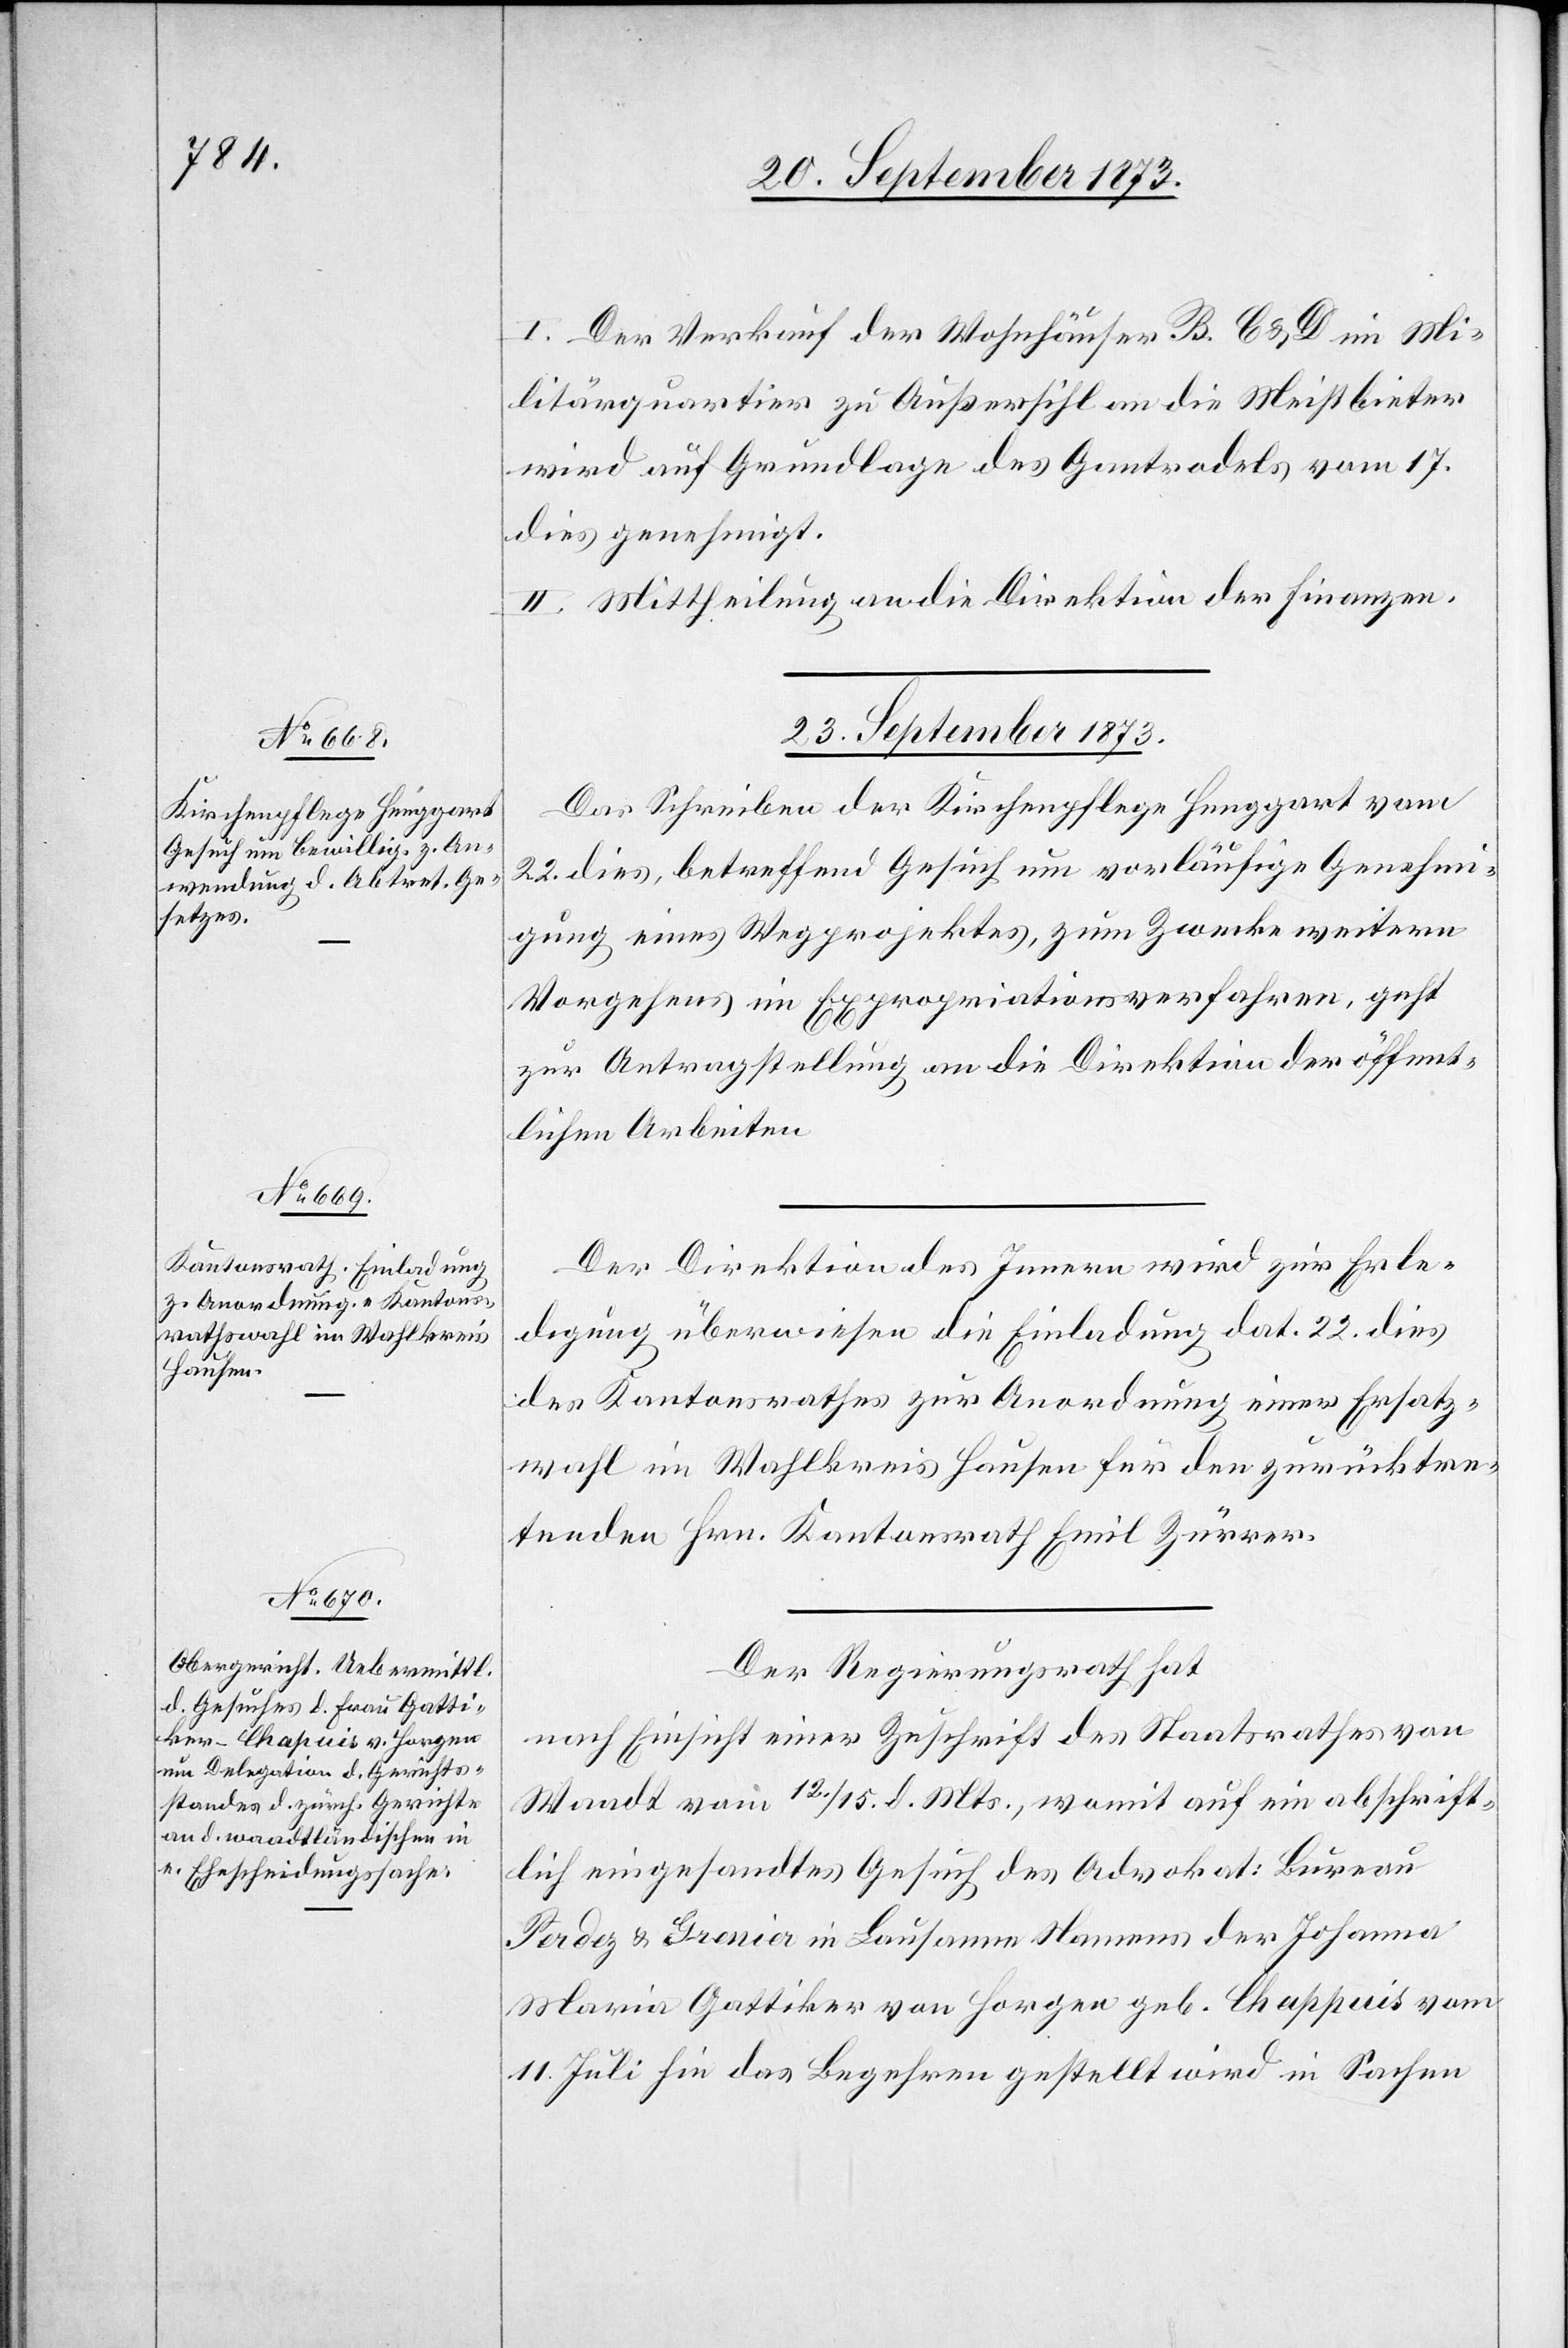
I. Der Verkauf der Wohnhäuser B. C & D im Mi¬
litärquartier zu Außersihl an die Meistbieter
wird auf Grundlage des Gantrodels vom 17.
dies genehmigt.
II. Mittheilung an die Direktion der Finanzen.
23. September 1873.]
Das Schreiben der Kirchenpflege Henggart vom
22. dies, betreffend Gesuch um vorläufige Genehmi¬
gung eines Wegprojektes, zum Zwecke weitern
Vorgehens im Expropriationsverfahren, geht
zur Antragstellung an die Direktion der öffent¬
lichen Arbeiten.
Der Direktion des Innern wird zur Erle¬
digung überwiesen die Einladung dat. 22. dies
des Kantonsrathes zur Anordnung einer Ersatz¬
wahl im Wahlkreis Hausen für den zurücktre¬
tenden Hrn. Kantonsrath Emil Zürrer.
Der Regierungsrath hat
nach Einsicht einer Zuschrift des Staatsrathes von
Waadt vom 12./15. d. Mts., womit auf ein abschrift¬
lich eingesandtes Gesuch des Advokat: Bureau
Perdez & Grenier in Lausanne Namens der Johanna
Maria Gattiker von Horgen geb. Chappuis [sic!] vom
11. Juli hin das Begehren gestellt wird in Sachen